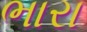
ભારા